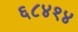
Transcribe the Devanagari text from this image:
६८४१४